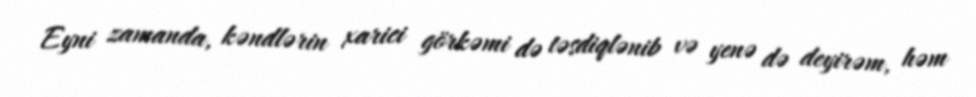
Eyni zamanda, kəndlərin xarici görkəmi də təsdiqlənib və yenə də deyirəm, həm